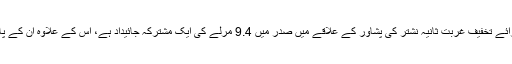
نوٹیفکیشن کے مطابق وزیراعظم کی معاون خصوصی برائے تخفیف غربت ثانیہ نشتر کی پشاور کے علاقے میں صدر میں 9.4 مرلے کی ایک مشترکہ جائیداد ہے، اس کے علاوہ ان کے پاس اپنے شوہر کے نام کی ہونڈا سوک (2014) بھی ہے۔